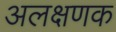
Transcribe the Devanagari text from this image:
अलक्षणक